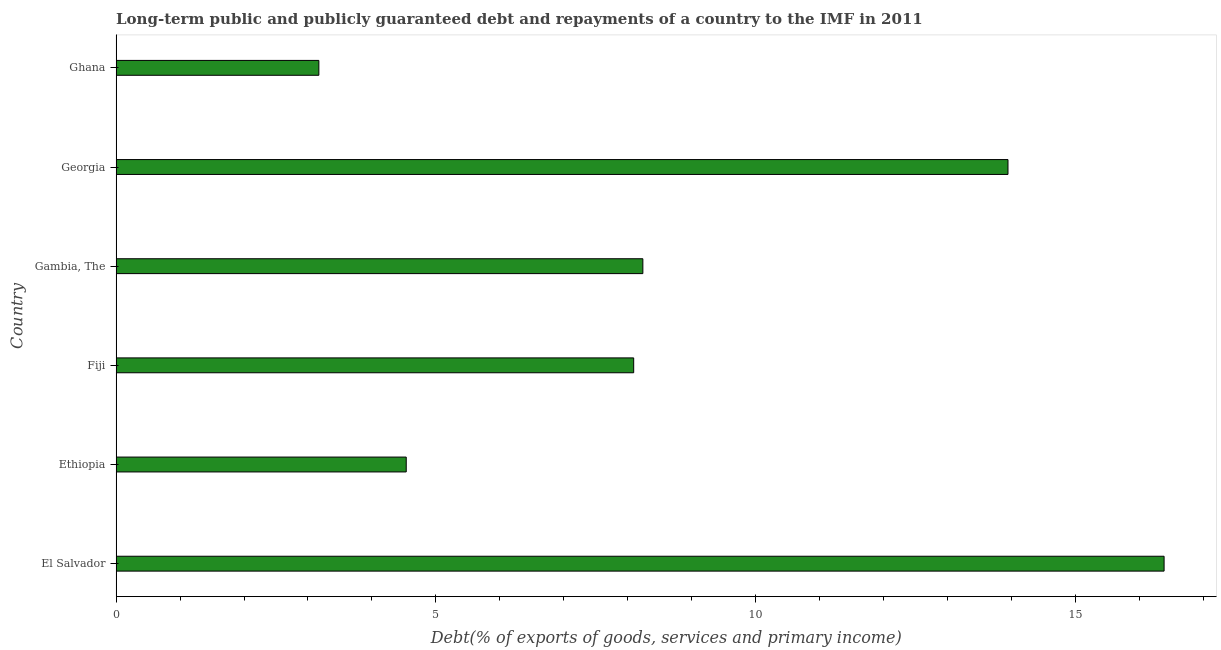
| Country | Debt service (PPG and IMF only) |
 | --- | --- |
 | El Salvador | 16.4 |
 | Ethiopia | 4.54 |
 | Fiji | 8.09 |
 | Gambia, The | 8.24 |
 | Georgia | 13.9 |
 | Ghana | 3.17 |